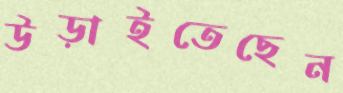
উড়াইতেছেন